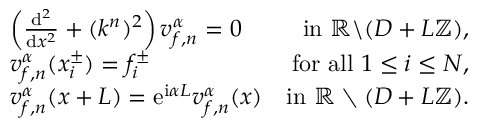
\begin{array} { r l r } & { \left( \frac { \mathrm { d } ^ { 2 } } { \mathrm { d } x ^ { 2 } } + ( k ^ { n } ) ^ { 2 } \right) v _ { f , n } ^ { \alpha } = 0 } & { \mathrm { i n ~ } \mathbb { R } \backslash ( D + L \mathbb { Z } ) , } \\ & { v _ { f , n } ^ { \alpha } ( x _ { i } ^ { \pm } ) = f _ { i } ^ { \pm } } & { \mathrm { f o r ~ a l l ~ } 1 \leq i \leq N , } \\ & { v _ { f , n } ^ { \alpha } ( x + L ) = \mathrm { e } ^ { \mathrm { i } \alpha L } v _ { f , n } ^ { \alpha } ( x ) } & { \mathrm { i n ~ } \mathbb { R } \setminus ( D + L \mathbb { Z } ) . } \end{array}